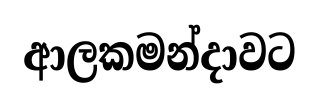
ආලකමන්දාවට